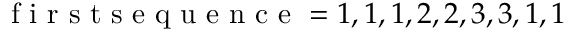
\begin{array} { r } { \mathrm { ~ f ~ i ~ r ~ s ~ t ~ s ~ e ~ q ~ u ~ e ~ n ~ c ~ e ~ } = 1 , 1 , 1 , 2 , 2 , 3 , 3 , 1 , 1 } \end{array}